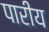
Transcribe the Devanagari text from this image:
पारीय